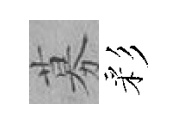
募彩